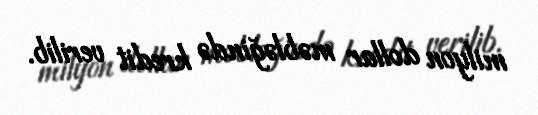
milyon dollar məbləğində kredit verilib.